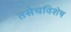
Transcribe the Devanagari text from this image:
तसेचविशेष